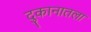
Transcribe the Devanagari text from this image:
दुकानातला